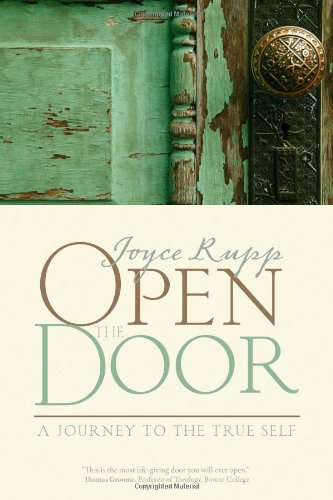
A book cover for Open the Door: A Journey to the True Self; Joyce Rupp; Religion & Spirituality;